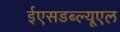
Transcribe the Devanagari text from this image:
ईएसडब्ल्यूएल